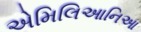
એમિલિઆનિઆ